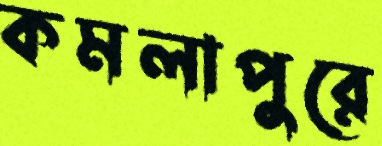
কমলাপুরে